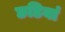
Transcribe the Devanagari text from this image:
छडियां